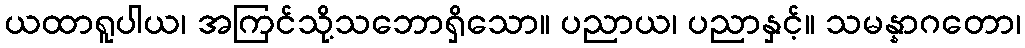
ယထာရူပါယ၊ အကြင်သို့သဘောရှိသော။ ပညာယ၊ ပညာနှင့်။ သမန္နာဂတော၊